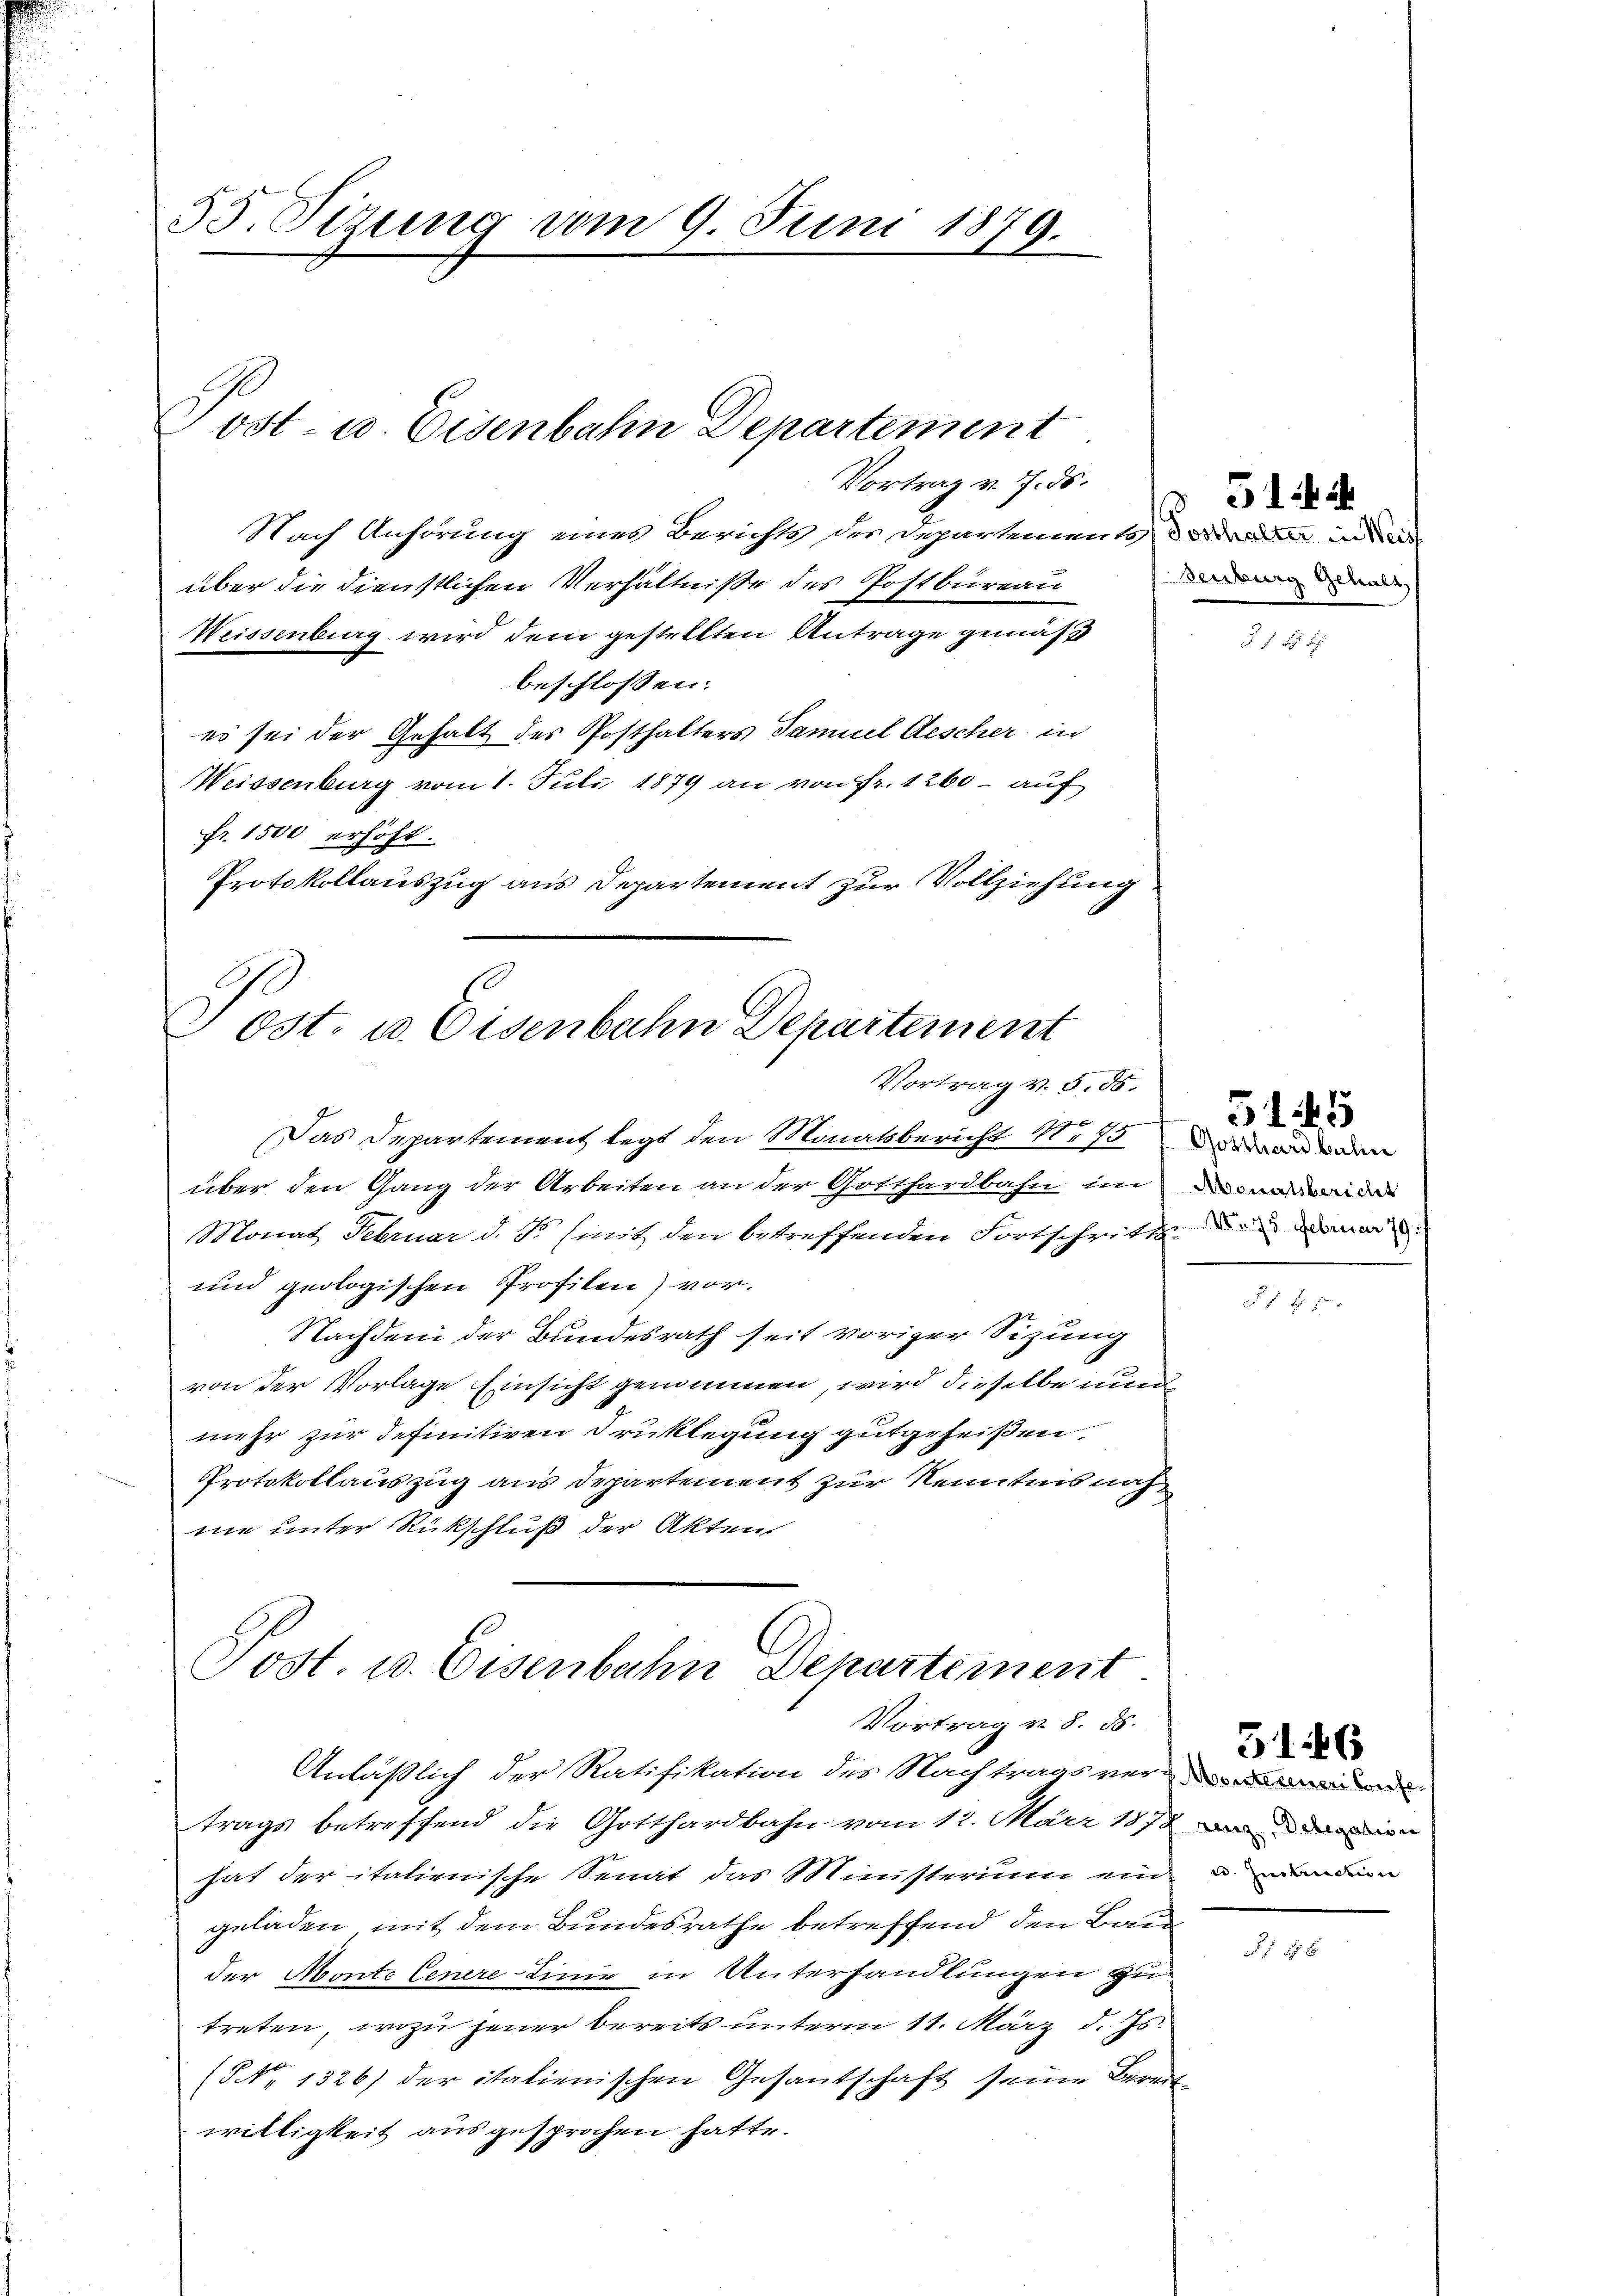
55. Sizung vom 9. Juni 1879.

Post- u. Eisenbahn Departement

Vortrag v. 7. ds.
Nach Anhörung eines Berichts der Departemente, das aber in de
über die dienstlichen Verhältniße des Postbüreau
Weissenberg wird dem gestellten Antrage gemäß
beschlossen:
es sei der Gehalt des Posthalters Samuel Aescher in
Weissenburg vom 1. Juli 1879 an von Fr. 1260 - auf
fr. 1500 erhöht.
Protokollauszug aus Departement zur Vollziehung

Post. u. Eisenbahn Departement
Vortrag v. 5. 85.

Post. u. Eisenbahn Departement
Vortrag v. 8. ds.

denburg Gehalt

Das Departement legt den Monatsbericht Noßanden
über den Gang der Arbeiten an der Gotthardbahn im ande
Monat Februar d. So sinis den betreffenden Fortschritt den dama
und geologischen Profilen) vor.
Nachdem der Bundesrath seit voriger Sitzung
von der Vorlage Einsicht genommen, wird dieselbe nun
mehr zur definitiven Druklegung gutgeheißen.
Protokollauszug aus Departement zur Kenntnis nach
me unter Rückschluß der Akten

Anläßlich der Ratifikation des Nachtragsver
trags betreffend die Gotthardbahn vom 12. März 1879 an die
hat der italienische Senat das Ministerium ein demanden
geladen, mit dem Bundesrathe betreffend den Bauder Monte Cenere Linie in Unterhandlungen zutreten, wozu jener bereits unterm 11. März d. Js.
(NNo. 1326) der italienischen Gesantschaft seine Bereit
willigkeit ausgesprochen hatte.

5

F

5 189

3146

§ 14 x